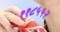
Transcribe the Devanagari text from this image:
११८५५२